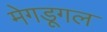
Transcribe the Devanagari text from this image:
मेगडूगल